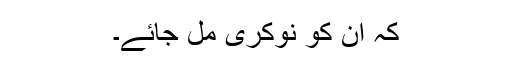
کہ ان کو نوکری مل جائے۔